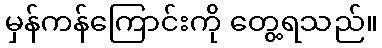
မှန်ကန်ကြောင်းကို တွေ့ရသည်။